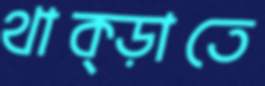
থাক্‌ড়াতে